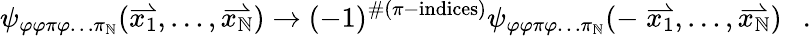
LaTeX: \psi_{\varphi\varphi\pi\varphi\ldots\pi_{\mathbb{N}}}(\stackrel{\rightharpoonup}{x_{1}},\ldots,\stackrel{\rightharpoonup}{x_{\mathbb{N}}})\rightarrow(-1)^{\# (\pi-\mathrm{{indices}})}\psi_{\varphi\varphi\pi\varphi\ldots\pi_{\mathbb{N}}}(-\stackrel{\rightharpoonup}{x_{1}},\ldots,\stackrel{\rightharpoonup}{x_{\mathbb{N}}})\ \ \ .